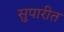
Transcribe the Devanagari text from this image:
सुपारीत